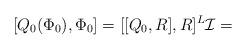
LaTeX: \begin{align*}[Q_0(\Phi_0),\Phi_0]=[[Q_0,R],R]^L\mathcal{I}=\end{align*}